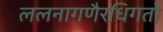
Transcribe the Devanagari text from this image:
ललनागणैरधिगतो